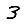
Digit: 3